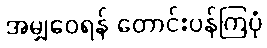
အမျှဝေရန် တောင်းပန်ကြပုံ